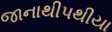
જાનાથીપથીયા